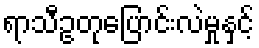
ရာသီဥတုပြောင်းလဲမှုနှင့်